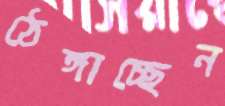
ঠেঙ্গাচ্ছেন